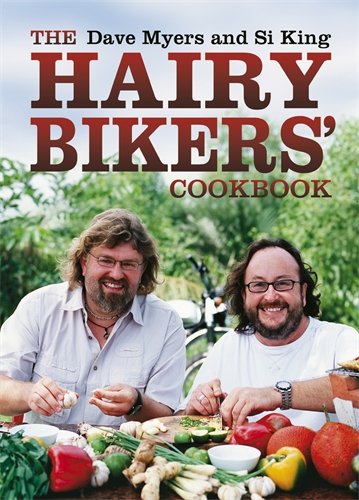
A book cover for The Hairy Bikers Cookbook; Dave Myers; Cookbooks, Food & Wine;